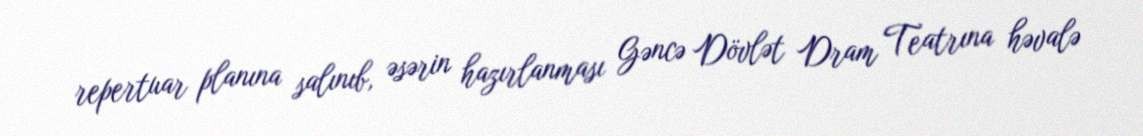
repertuar planına salınıb, əsərin hazırlanması Gəncə Dövlət Dram Teatrına həvalə